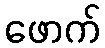
ဖောက်